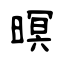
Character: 暝